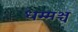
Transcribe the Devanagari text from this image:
धम्मञ्च